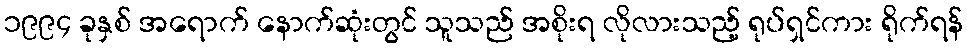
၁၉၉၄ ခုနှစ် အရောက် နောက်ဆုံးတွင် သူသည် အစိုးရ လိုလားသည့် ရုပ်ရှင်ကား ရိုက်ရန်